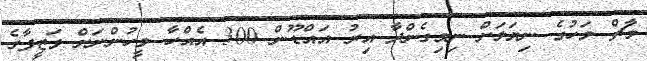
މާޗް މަހުގެ ނިޔަލަށް ނިމިގެންދާ އިރު އައްޑޫން 300 އެއްހާ މީހުންނަށް ވަޒީފާގެ